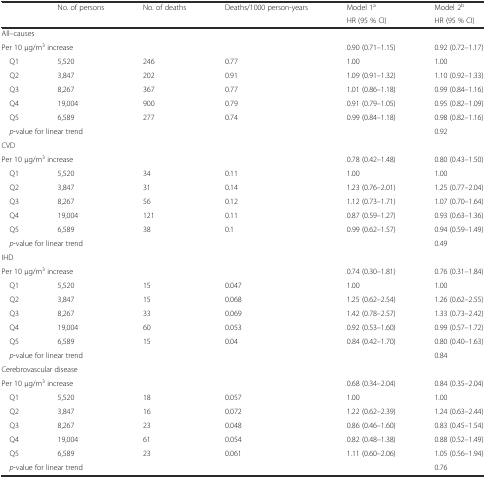
<table><thead><tr><td></td><td><b>No. of persons</b></td><td><b>No. of deaths</b></td><td><b>Deaths/1000 person-years</b></td><td><b>Model 1<sup>a</sup></b></td><td><b>Model 2<sup>b</sup></b></td></tr><tr><td></td><td></td><td></td><td></td><td><b>HR (95 % CI)</b></td><td><b>HR (95 % CI)</b></td></tr></thead><tbody><tr><td colspan="6">All–causes</td></tr><tr><td colspan="3">Per 10 μg/m<sup>3</sup> increase</td><td></td><td>0.90 (0.71–1.15)</td><td>0.92 (0.72–1.17)</td></tr><tr><td> Q1</td><td>5,520</td><td>246</td><td>0.77</td><td>1.00</td><td>1.00</td></tr><tr><td> Q2</td><td>3,847</td><td>202</td><td>0.91</td><td>1.09 (0.91–1.32)</td><td>1.10 (0.92–1.33)</td></tr><tr><td> Q3</td><td>8,267</td><td>367</td><td>0.77</td><td>1.01 (0.86–1.18)</td><td>0.99 (0.84–1.16)</td></tr><tr><td> Q4</td><td>19,004</td><td>900</td><td>0.79</td><td>0.91 (0.79–1.05)</td><td>0.95 (0.82–1.09)</td></tr><tr><td> Q5</td><td>6,589</td><td>277</td><td>0.74</td><td>0.99 (0.84–1.18)</td><td>0.98 (0.82–1.16)</td></tr><tr><td colspan="3"> <i>p</i>-value for linear trend</td><td></td><td></td><td>0.92</td></tr><tr><td colspan="6">CVD</td></tr><tr><td colspan="3">Per 10 μg/m<sup>3</sup> increase</td><td></td><td>0.78 (0.42–1.48)</td><td>0.80 (0.43–1.50)</td></tr><tr><td> Q1</td><td>5,520</td><td>34</td><td>0.11</td><td>1.00</td><td>1.00</td></tr><tr><td> Q2</td><td>3,847</td><td>31</td><td>0.14</td><td>1.23 (0.76–2.01)</td><td>1.25 (0.77–2.04)</td></tr><tr><td> Q3</td><td>8,267</td><td>56</td><td>0.12</td><td>1.12 (0.73–1.71)</td><td>1.07 (0.70–1.64)</td></tr><tr><td> Q4</td><td>19,004</td><td>121</td><td>0.11</td><td>0.87 (0.59–1.27)</td><td>0.93 (0.63–1.36)</td></tr><tr><td> Q5</td><td>6,589</td><td>38</td><td>0.1</td><td>0.99 (0.62–1.57)</td><td>0.94 (0.59–1.49)</td></tr><tr><td colspan="3"> <i>p</i>-value for linear trend</td><td></td><td></td><td>0.49</td></tr><tr><td colspan="6">IHD</td></tr><tr><td colspan="3">Per 10 μg/m<sup>3</sup> increase</td><td></td><td>0.74 (0.30–1.81)</td><td>0.76 (0.31–1.84)</td></tr><tr><td> Q1</td><td>5,520</td><td>15</td><td>0.047</td><td>1.00</td><td>1.00</td></tr><tr><td> Q2</td><td>3,847</td><td>15</td><td>0.068</td><td>1.25 (0.62–2.54)</td><td>1.26 (0.62–2.55)</td></tr><tr><td> Q3</td><td>8,267</td><td>33</td><td>0.069</td><td>1.42 (0.78–2.57)</td><td>1.33 (0.73–2.42)</td></tr><tr><td> Q4</td><td>19,004</td><td>60</td><td>0.053</td><td>0.92 (0.53–1.60)</td><td>0.99 (0.57–1.72)</td></tr><tr><td> Q5</td><td>6,589</td><td>15</td><td>0.04</td><td>0.84 (0.42–1.70)</td><td>0.80 (0.40–1.63)</td></tr><tr><td colspan="3"> <i>p</i>-value for linear trend</td><td></td><td></td><td>0.84</td></tr><tr><td colspan="6">Cerebrovascular disease</td></tr><tr><td colspan="3">Per 10 μg/m<sup>3</sup> increase</td><td></td><td>0.68 (0.34–2.04)</td><td>0.84 (0.35–2.04)</td></tr><tr><td> Q1</td><td>5,520</td><td>18</td><td>0.057</td><td>1.00</td><td>1.00</td></tr><tr><td> Q2</td><td>3,847</td><td>16</td><td>0.072</td><td>1.22 (0.62–2.39)</td><td>1.24 (0.63–2.44)</td></tr><tr><td> Q3</td><td>8,267</td><td>23</td><td>0.048</td><td>0.86 (0.46–1.60)</td><td>0.83 (0.45–1.54)</td></tr><tr><td> Q4</td><td>19,004</td><td>61</td><td>0.054</td><td>0.82 (0.48–1.38)</td><td>0.88 (0.52–1.49)</td></tr><tr><td> Q5</td><td>6,589</td><td>23</td><td>0.061</td><td>1.11 (0.60–2.06)</td><td>1.05 (0.56–1.94)</td></tr><tr><td colspan="3"> <i>p</i>-value for linear trend</td><td></td><td></td><td>0.76</td></tr></tbody></table>